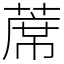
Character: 蓆